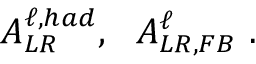
A _ { L R } ^ { \ell , h a d } , \ \ A _ { L R , F B } ^ { \ell } \ .